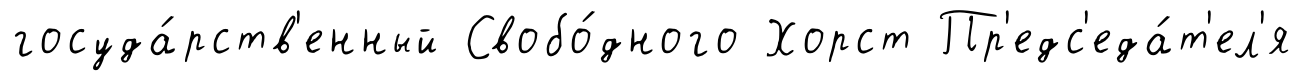
госуда́рств'енный Свобо́дного Хорст Пр'едс'еда́т'ел'я